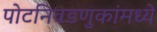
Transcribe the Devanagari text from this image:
पोटनिवडणुकांमध्ये